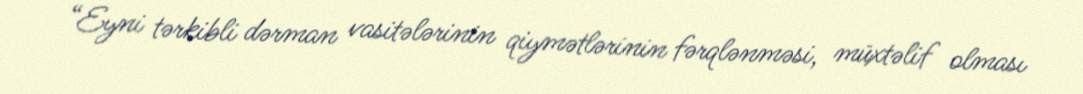
“Eyni tərkibli dərman vasitələrinin qiymətlərinin fərqlənməsi, müxtəlif olması